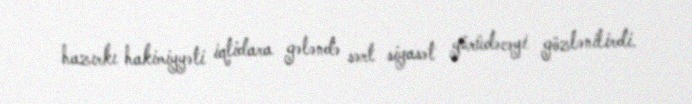
hazırkı hakimiyyəti iqtidara gələndə sərt siyasət yürüdəcəyi gözlənilirdi.